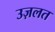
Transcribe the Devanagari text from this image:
उज़लत